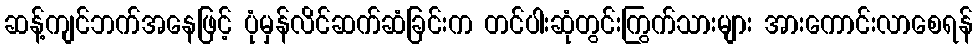
ဆန့်ကျင်ဘက်အနေဖြင့် ပုံမှန်လိင်ဆက်ဆံခြင်းက တင်ပါးဆုံတွင်းကြွက်သားများ အားကောင်းလာစေရန်